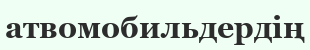
атвомобильдердің